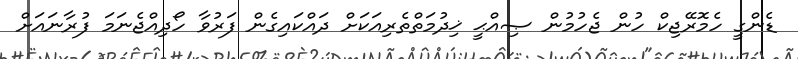
ޑެންގީ ހެމޮރޭޖިކް ހުން ޖެހުމުން ޞިއްޙީ ޚިދުމަތްތެރިއަކަށް ދައްކައިގެން ފަރުވާ ހޯދިއްޖެނަމަ ފުރާނައަށް